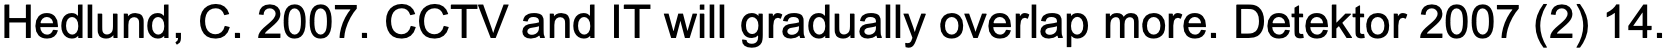
Hedlund, C. 2007. CCTV and IT will gradually overlap more. Detektor 2007 (2) 14.